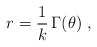
\begin{align*}r = \frac{1}{k} \,\Gamma(\theta) \;,\end{align*}